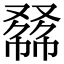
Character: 𠭾